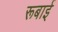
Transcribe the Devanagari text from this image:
रूबाई